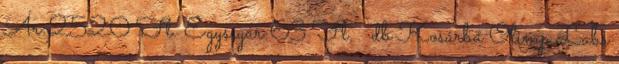
Ár:2520 Ft. Egységár:63 Ft. db Kosárba Olimp Labs